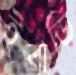
ইবাডি